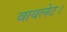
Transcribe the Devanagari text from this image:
वायलेट।